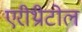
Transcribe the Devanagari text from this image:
एरीथ्रीटोल